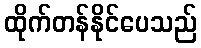
ထိုက်တန်နိုင်ပေသည်